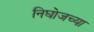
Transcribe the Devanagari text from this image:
निघोजच्या